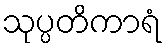
သုပ္ပတိကာရံ